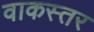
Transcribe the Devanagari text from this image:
वाकस्तर